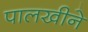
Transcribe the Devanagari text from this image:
पालखीने